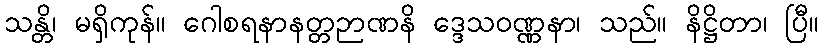
သန္တိ၊ မရှိကုန်။ ဂေါစရနာနတ္တဉာဏနိ ဒ္ဒေသဝဏ္ဏနာ၊ သည်။ နိဋ္ဌိတာ၊ ပြီ။